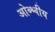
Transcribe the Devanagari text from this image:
ओब्श्चीय